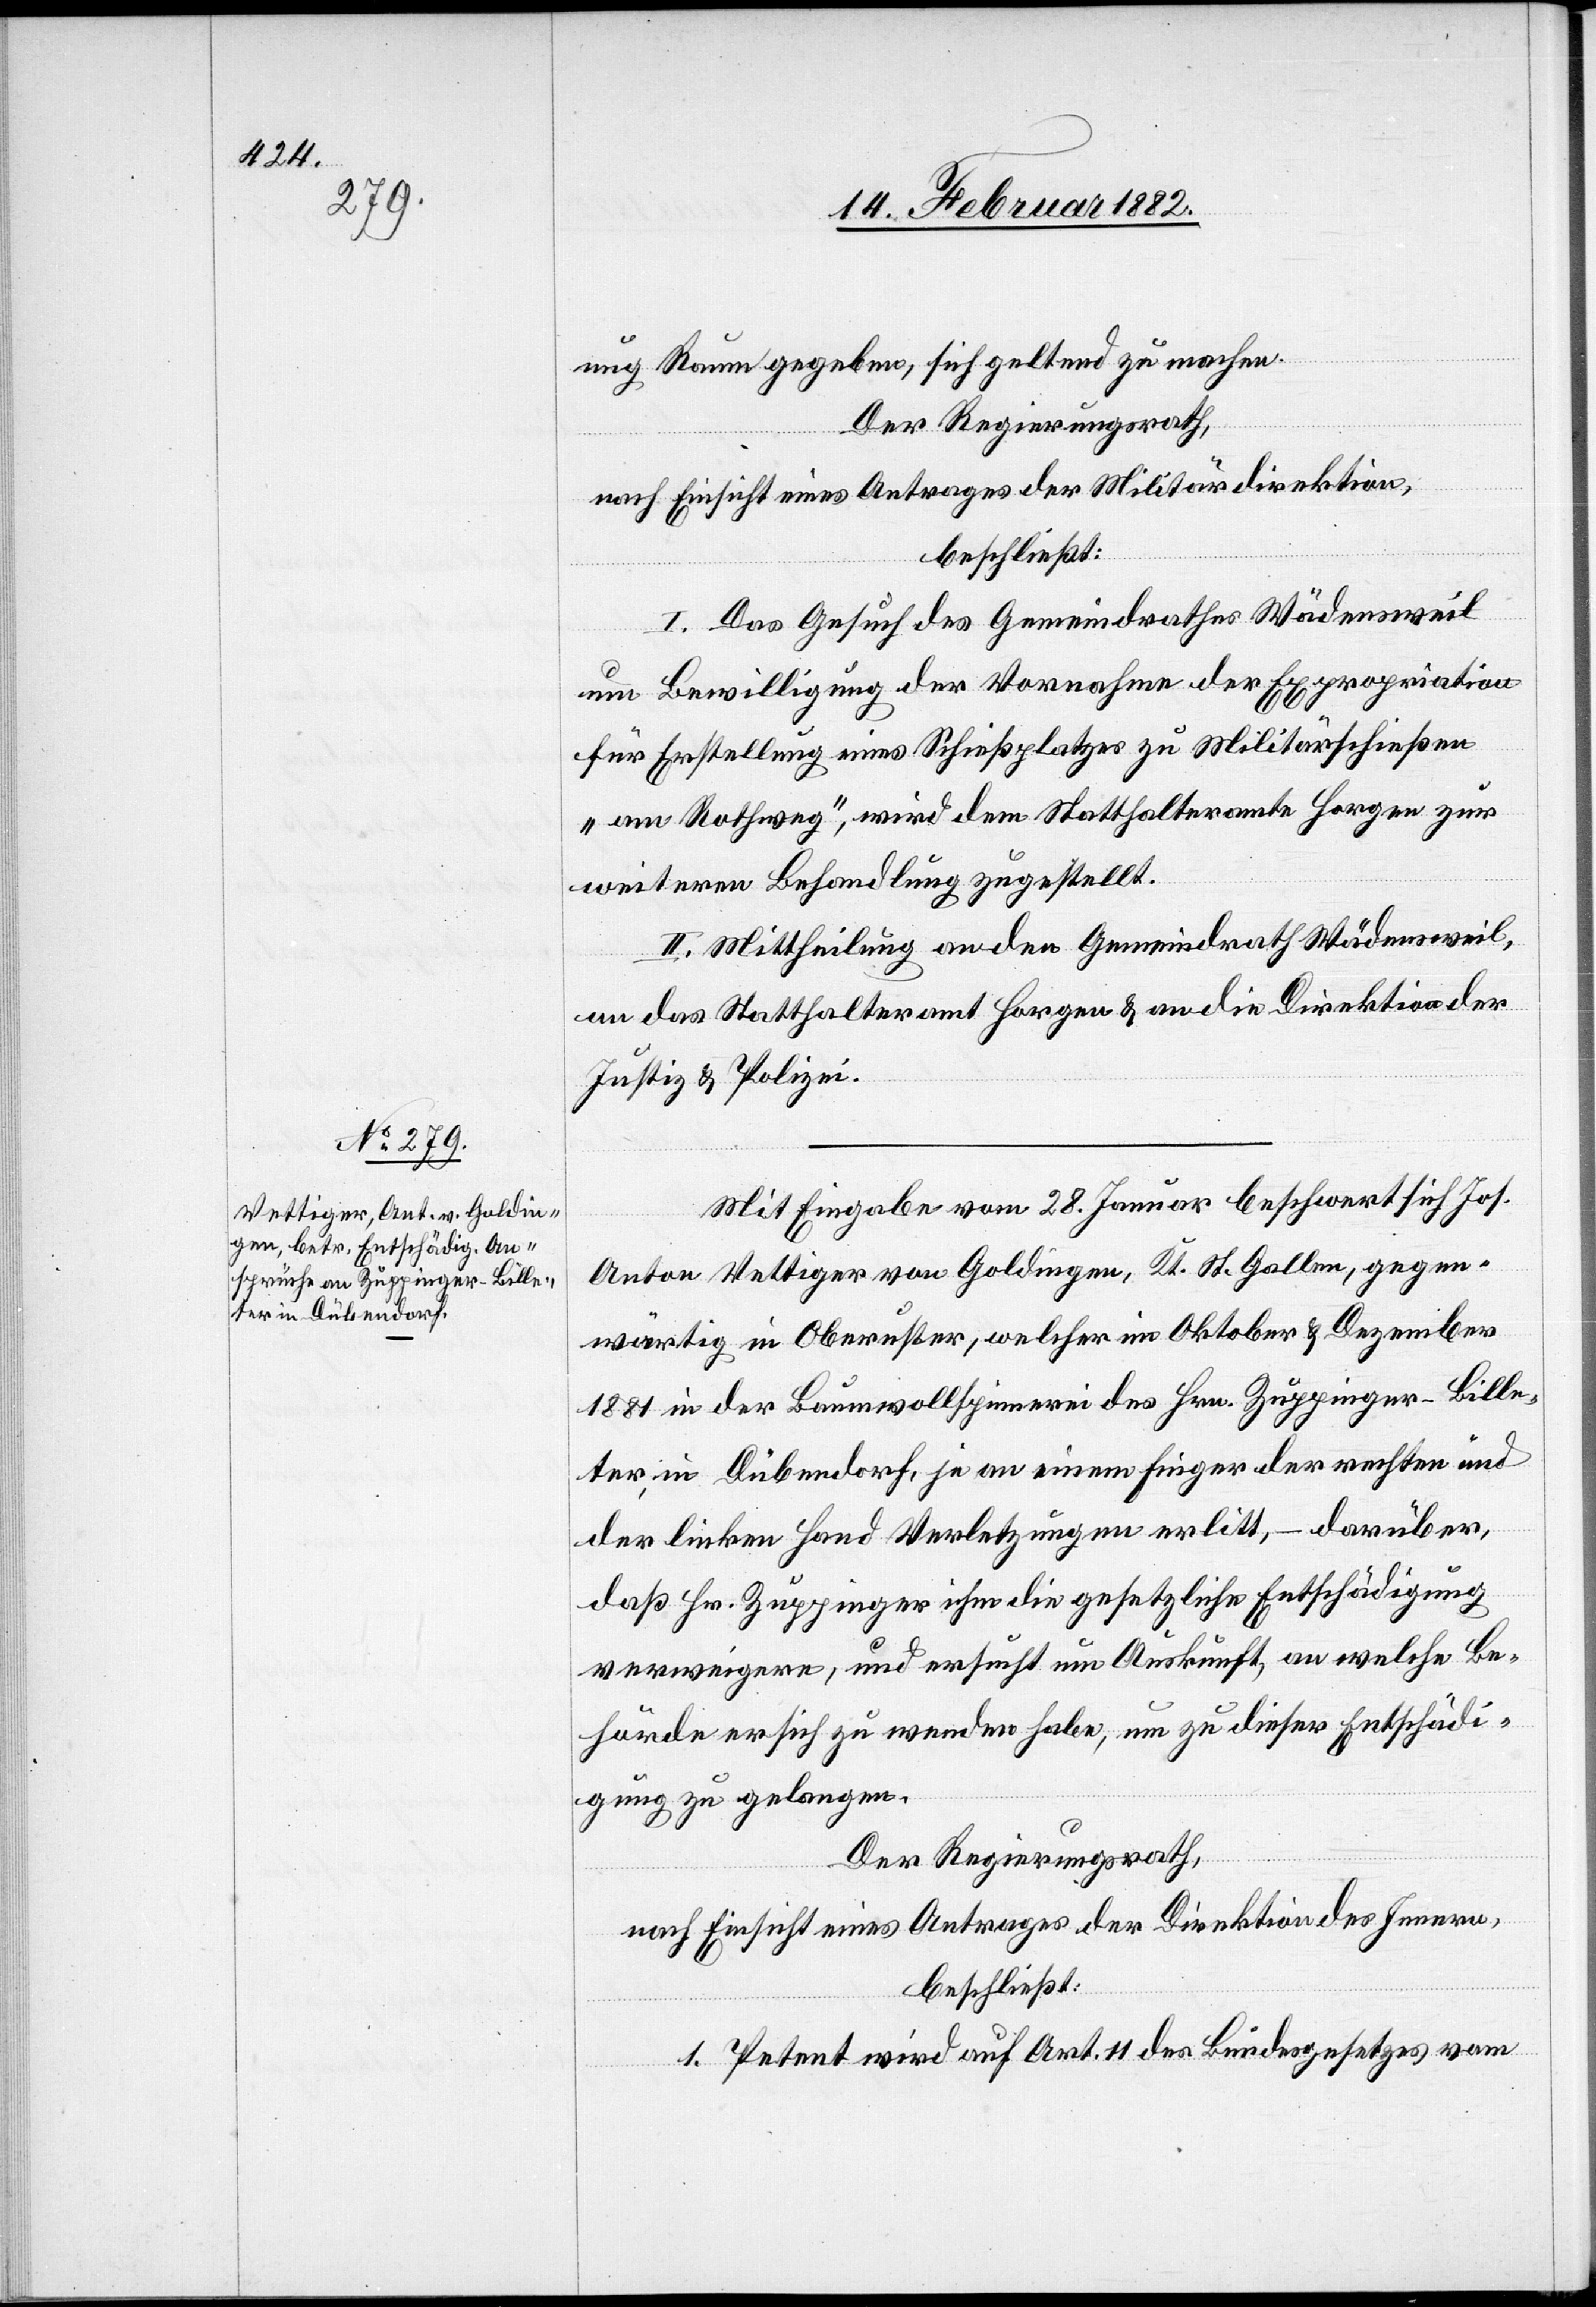
nug Raum gegeben, sich geltend zu machen.
Der Regierungsrath,
nach Einsicht eines Antrages der Militärdirektion,
beschließt:
I. Das Gesuch des Gemeindrathes Wädensweil
um Bewilligung der Vornahme der Expropriation
für Erstellung eines Schießplatzes zu Militärschießen
„am Rothweg“, wird dem Statthalteramte Horgen zur
weiteren Behandlung zugestellt.
II. Mittheilung an den Gemeindrath Wädensweil,
an das Statthalteramt Horgen & an die Direktion der
Justiz & Polizei.
Mit Eingabe vom 28. Januar beschwert sich Joh.
Anton Vettiger von Goldingen, Kt. St. Gallen, gegen¬
wärtig in Oberuster, welcher im Oktober & Dezember
1881 in der Baumwollspinnerei des Hrn. Zuppinger-Bille¬
ter in Dübendorf, je an einem Finger der rechten und
der linken Hand Verletzungen erlitt, – darüber,
daß Hr. Zuppinger ihm die gesetzliche Entschädigung
verweigere, und ersucht um Auskunft, an welche Be¬
hörde er sich zu wenden habe, um zu dieser Entschädi¬
gung zu gelangen.
Der Regierungsrath,
nach Einsicht eines Antrages der Direktion des Innern,
beschließt:
1. Petent wird auf Art. 11 des Bundesgesetzes vom